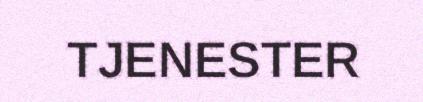
TJENESTER